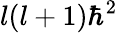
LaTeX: l(l+1)\hbar^{2}